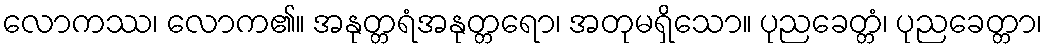
လောကဿ၊ လောက၏။ အနုတ္တရံအနုတ္တရော၊ အတုမရှိသော။ ပုညခေတ္တံ၊ ပုညခေတ္တာ၊